Scottish Leaving Certificate Examination, 1959
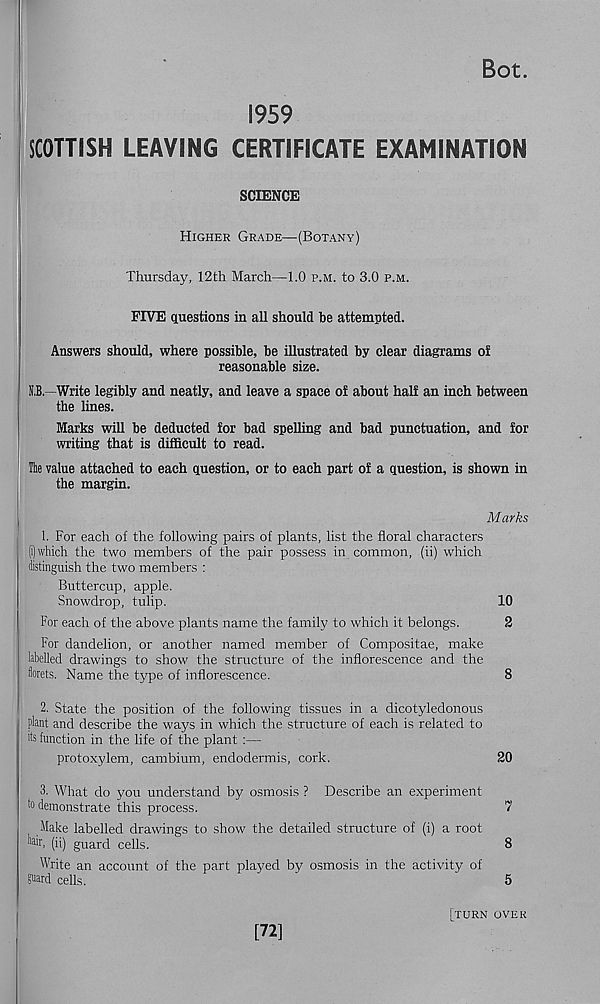
Bot.
1959
SCOTTISH LEAVING CERTIFICATE EXAMINATION
SCIENCE
Higher Grade—(Botany)
Thursday, 12th March—1.0 p.m. to 3.0 p.m.
FIVE questions in all should be attempted.
Answers should, where possible, be illustrated by clear diagrams of
reasonable size.
S.B. Write legibly and neatly, and leave a space of about half an inch between
the lines.
Marks will be deducted for bad spelling and bad punctuation, and for
writing that is difficult to read.
Ita value attached to each question, or to each part of a question, is shown in
the margin.
Marks
1. For each of the following pairs of plants, list the floral characters
(i) which the two members of the pair possess in common, (ii) which
distinguish the two members :
Buttercup, apple.
Snowdrop, tulip.
10
For each of the above plants name the family to which it belongs.
2
For dandelion, or another named member of Compositae, make
labelled drawings to show the structure of the inflorescence and the
florets. Name the type of inflorescence.
8
2. State the position of the following tissues in a dicotyledonous
plant and describe the ways in which the structure of each is related to
its function in the life of the plant :—
protoxylem, cambium, endodermis, cork.
20
3. What do you understand by osmosis ? Describe an experiment
to demonstrate this process.
7
Make labelled drawings to show the detailed structure of (i) a root
flair, (ii) guard cells.
8
Write an account of the part played by osmosis in the activity of
guard cells.
”
5
[72]
[turn over